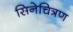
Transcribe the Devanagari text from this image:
सिनेचित्रण